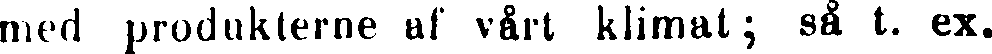
med produkterne af vårt klimat; så t. ex.